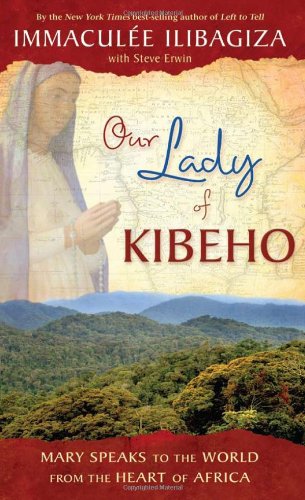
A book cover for Our Lady of Kibeho: Mary Speaks to the World from the Heart of Africa; Immaculee Ilibagiza; Christian Books & Bibles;